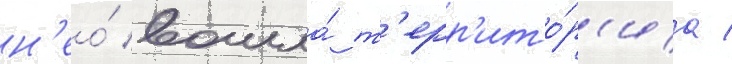
н'ео́ вошла́ т'ерр'ито́р'иа /